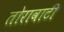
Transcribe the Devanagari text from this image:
तोरावाटी